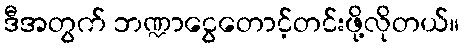
ဒီအတွက် ဘဏ္ဍာငွေတောင့်တင်းဖို့လိုတယ်။